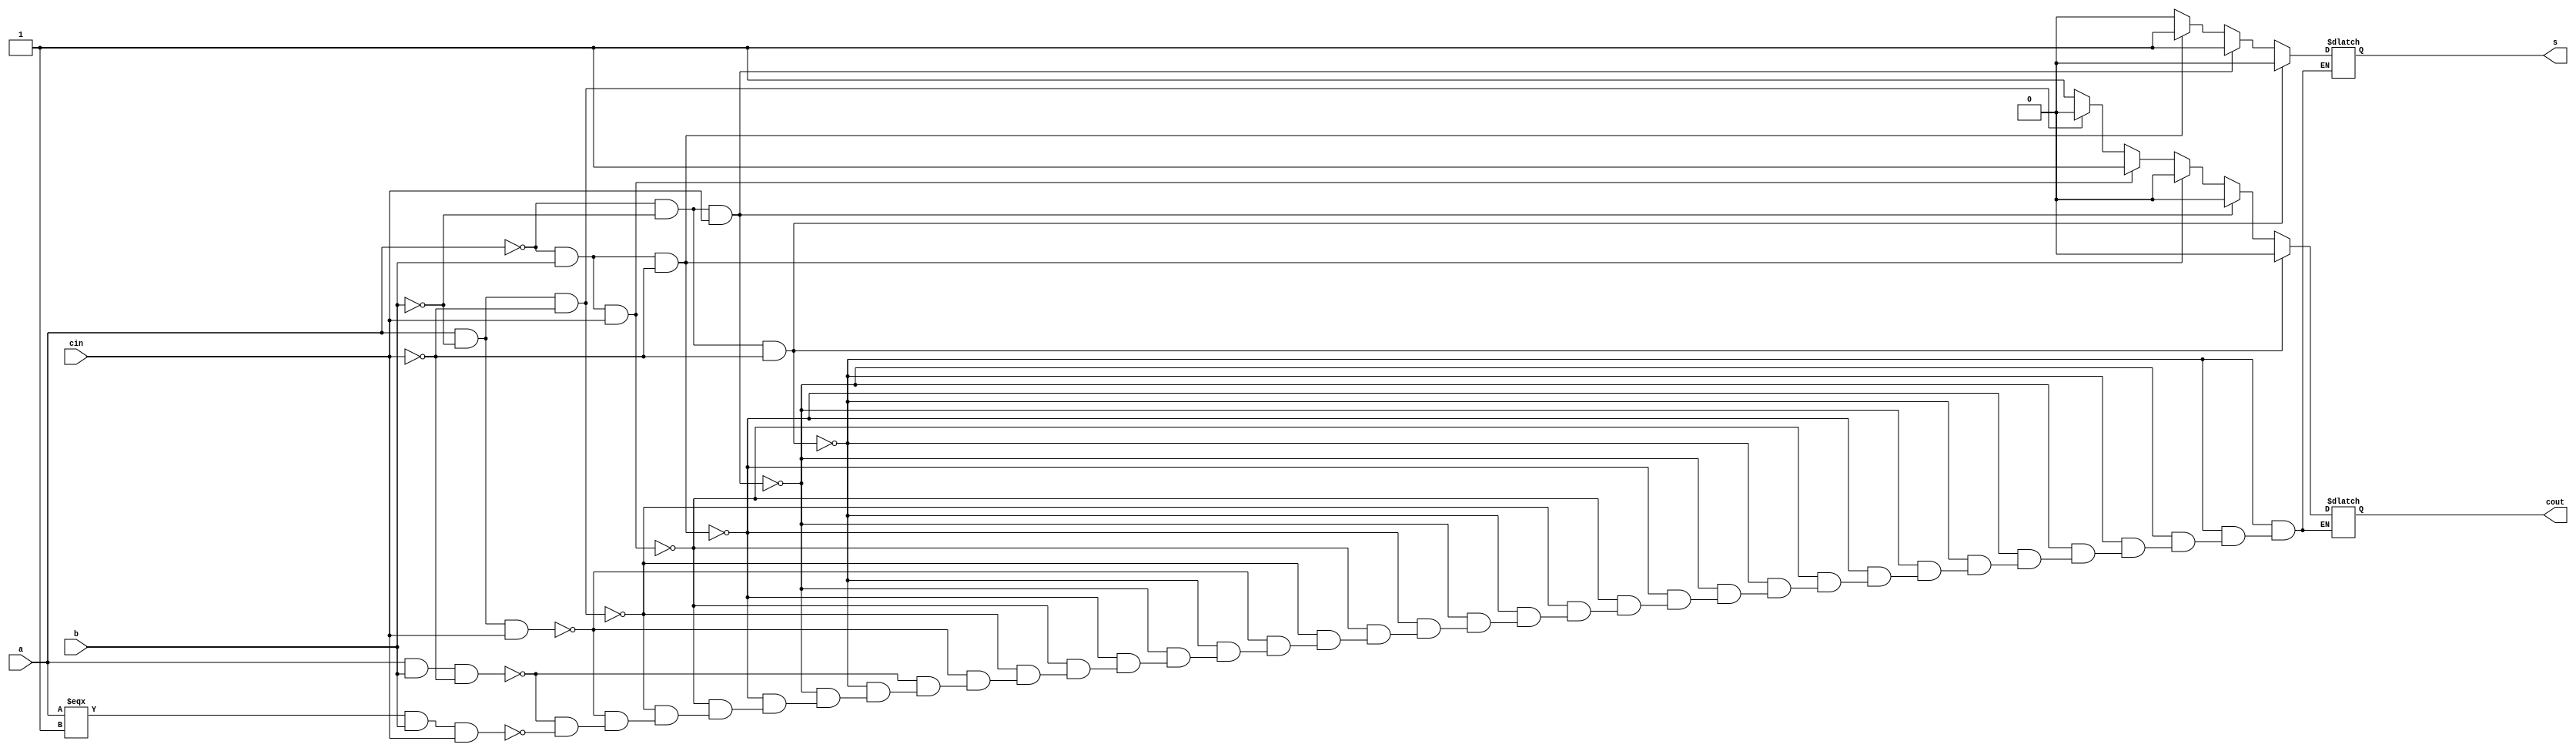
module fa(a, b, cin, s, cout);

input a, b, cin;
output s, cout;

reg s, cout;

always @(a, b, cin)
begin 
    if ( a == 0 && b == 0 && cin == 0 ) begin cout = 0; s = 0; end
    else if ( a == 0 && b == 0 && cin ==1 ) begin cout = 0; s = 1; end
    else if ( a == 0 && b == 1 && cin == 0 ) begin cout = 0; s = 1; end
    else if ( a == 0 && b == 1 && cin == 1 ) begin cout = 1; s = 0; end
    else if ( a == 1 && b == 0 && cin == 0 ) begin cout = 0; s = 0; end
    else if ( a == 1 && b == 0 && cin == 1 ) begin cout = 1; s = 0; end
    else if ( a == 1 && b == 1 && cin == 0 ) begin cout = 1; s = 0; end
    else if ( a === 1 && b == 1 && cin == 1 ) begin cout = 1; s = 0; end
end 
endmodule